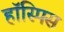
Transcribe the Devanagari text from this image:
हॉस्पिस